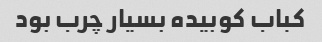
کباب کوبیده بسیار چرب بود